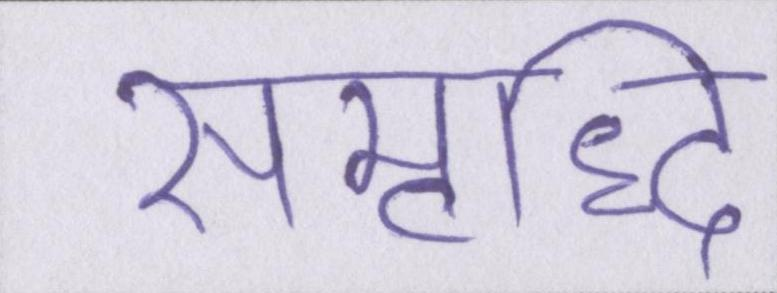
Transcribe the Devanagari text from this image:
समृध्दि